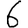
Digit: 6